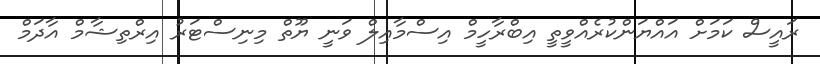
ރައީސް ކަމަށް އައްޔަންކުރެއްވީތީ އިބްރާހީމް އިސްމާއިލް ވަނީ ޔޫތް މިނިސްޓަރު އިރްތިޝާމް އާދަމް